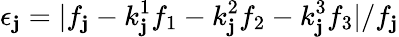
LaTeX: \epsilon_{\mathbf{j}}=|f_{\mathbf{j}}-k_{\mathbf{j}}^{1}f_{1}-k_{\mathbf{j}}^{2}f_{2}-k_{\mathbf{j}}^{3}f_{3}|/f_{\mathbf{j}}